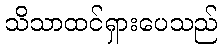
သိသာထင်ရှားပေသည်